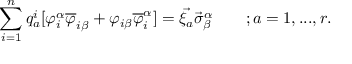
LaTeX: \sum _ { i = 1 } ^ { n } q _ { a } ^ { i } [ \varphi _ { i } ^ { \alpha } \overline { { { \varphi } } } _ { i \beta } + \varphi _ { i \beta } \overline { { { \varphi } } } _ { i } ^ { \alpha } ] = \vec { \xi _ { a } } \vec { \sigma } _ { \beta } ^ { \alpha } \qquad ; a = 1 , . . . , r .